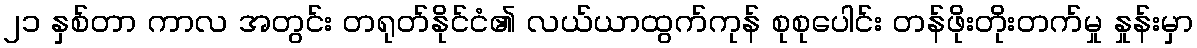
၂၁ နှစ်တာ ကာလ အတွင်း တရုတ်နိုင်ငံ၏ လယ်ယာထွက်ကုန် စုစုပေါင်း တန်ဖိုးတိုးတက်မှု နှုန်းမှာ